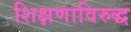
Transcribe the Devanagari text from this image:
शिक्षणाविरुद्ध